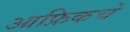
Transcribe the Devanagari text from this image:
आफ्रिकचे